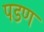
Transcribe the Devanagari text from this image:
पडण